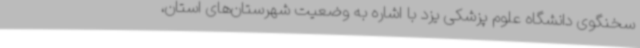
سخنگوی دانشگاه علوم پزشکی یزد با اشاره به وضعیت شهرستان‌های استان،